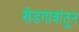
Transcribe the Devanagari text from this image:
खेडगावांतून